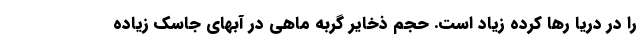
را در دریا رها کرده زیاد است. حجم ذخایر گربه ماهی در آبهای جاسک زیاده